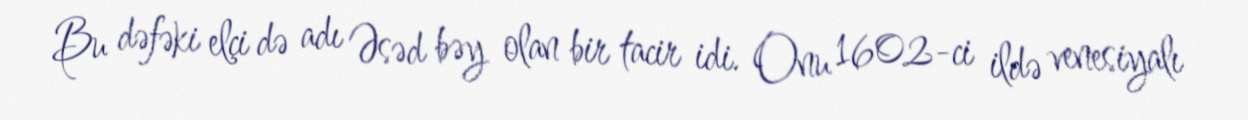
Bu dəfəki elçi də adı Əsəd bəy olan bir tacir idi. Onu 1602-ci ildə venesiyalı